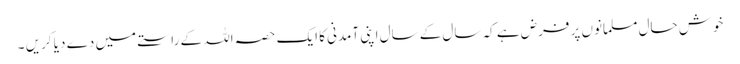
خوش حال مسلمانوں پر فرض ہے کہ سال کے سال اپنی آمدنی کا ایک حصہ اللہ کے راستے میں دے دیا کریں ۔